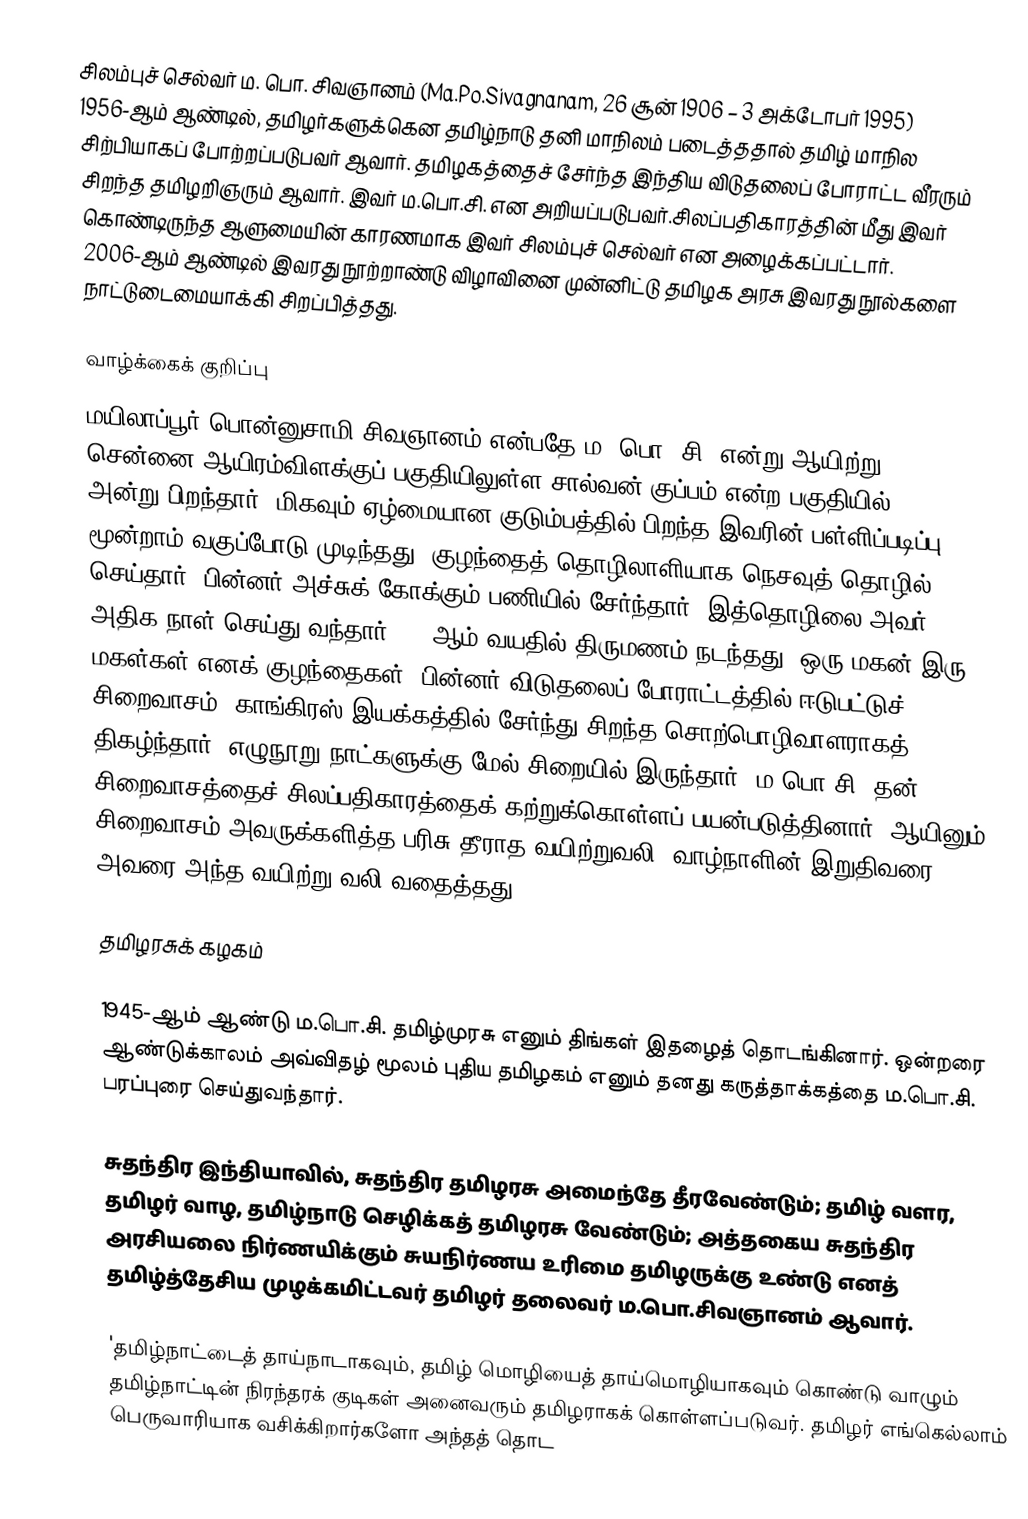
சிலம்புச் செல்வர் ம. பொ. சிவஞானம் (Ma.Po.Sivagnanam, 26 சூன் 1906 – 3 அக்டோபர் 1995) 1956-ஆம் ஆண்டில், தமிழர்களுக்கென தமிழ்நாடு தனி மாநிலம் படைத்ததால் தமிழ் மாநில சிற்பியாகப் போற்றப்படுபவர் ஆவார். தமிழகத்தைச் சேர்ந்த இந்திய விடுதலைப் போராட்ட வீரரும் சிறந்த தமிழறிஞரும் ஆவார். இவர் ம.பொ.சி. என அறியப்படுபவர்.சிலப்பதிகாரத்தின் மீது இவர் கொண்டிருந்த ஆளுமையின் காரணமாக இவர் சிலம்புச் செல்வர் என அழைக்கப்பட்டார். 2006-ஆம் ஆண்டில் இவரது நூற்றாண்டு விழாவினை முன்னிட்டு தமிழக அரசு இவரது நூல்களை நாட்டுடைமையாக்கி சிறப்பித்தது.

வாழ்க்கைக் குறிப்பு
மயிலாப்பூர் பொன்னுசாமி  சிவஞானம் என்பதே ம. பொ. சி. என்று ஆயிற்று. சென்னை ஆயிரம்விளக்குப் பகுதியிலுள்ள சால்வன் குப்பம் என்ற பகுதியில் 26/6/1906 அன்று பிறந்தார். மிகவும் ஏழ்மையான குடும்பத்தில் பிறந்த இவரின் பள்ளிப்படிப்பு மூன்றாம் வகுப்போடு முடிந்தது. குழந்தைத் தொழிலாளியாக நெசவுத் தொழில் செய்தார். பின்னர் அச்சுக் கோக்கும் பணியில் சேர்ந்தார். இத்தொழிலை அவர் அதிக நாள் செய்து வந்தார். 31 ஆம் வயதில் திருமணம் நடந்தது. ஒரு மகன் இரு மகள்கள் எனக் குழந்தைகள். பின்னர் விடுதலைப் போராட்டத்தில் ஈடுபட்டுச் சிறைவாசம், காங்கிரஸ் இயக்கத்தில் சேர்ந்து சிறந்த சொற்பொழிவாளராகத் திகழ்ந்தார். எழுநூறு நாட்களுக்கு மேல் சிறையில் இருந்தார். ம.பொ.சி. தன் சிறைவாசத்தைச் சிலப்பதிகாரத்தைக் கற்றுக்கொள்ளப் பயன்படுத்தினார். ஆயினும் சிறைவாசம் அவருக்களித்த பரிசு தீராத வயிற்றுவலி. வாழ்நாளின் இறுதிவரை அவரை அந்த வயிற்று வலி வதைத்தது.

தமிழரசுக் கழகம்

1945-ஆம் ஆண்டு ம.பொ.சி. தமிழ்முரசு எனும் திங்கள் இதழைத் தொடங்கினார். ஒன்றரை ஆண்டுக்காலம் அவ்விதழ் மூலம் புதிய தமிழகம் எனும் தனது கருத்தாக்கத்தை ம.பொ.சி. பரப்புரை செய்துவந்தார்.

சுதந்திர இந்தியாவில், சுதந்திர தமிழரசு அமைந்தே தீரவேண்டும்; தமிழ் வளர, தமிழர் வாழ, தமிழ்நாடு செழிக்கத் தமிழரசு வேண்டும்; அத்தகைய சுதந்திர அரசியலை நிர்ணயிக்கும் சுயநிர்ணய உரிமை தமிழருக்கு உண்டு எனத் தமிழ்த்தேசிய முழக்கமிட்டவர் தமிழர் தலைவர் ம.பொ.சிவஞானம் ஆவார்.

'தமிழ்நாட்டைத் தாய்நாடாகவும், தமிழ் மொழியைத் தாய்மொழியாகவும் கொண்டு வாழும் தமிழ்நாட்டின் நிரந்தரக் குடிகள் அனைவரும் தமிழராகக் கொள்ளப்படுவர். தமிழர் எங்கெல்லாம் பெருவாரியாக வசிக்கிறார்களோ அந்தத் தொட